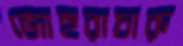
জোহুরাচারু